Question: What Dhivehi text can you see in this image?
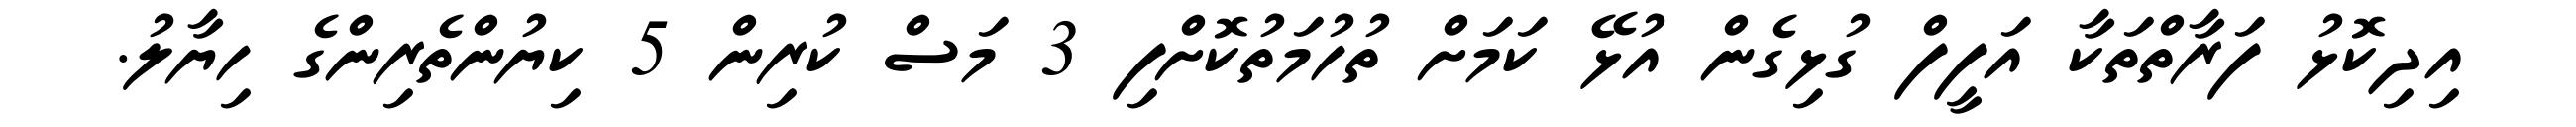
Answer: އިދިކޮޅު ފަރާތްތަކާ އަފީފް ގުޅިގެން އުޅޭ ކަމަށް ތުހުމަތުކޮށްފި 3 މަސް ކުރިން 5 ކިޔުންތެރިންގެ ހިޔާލު.